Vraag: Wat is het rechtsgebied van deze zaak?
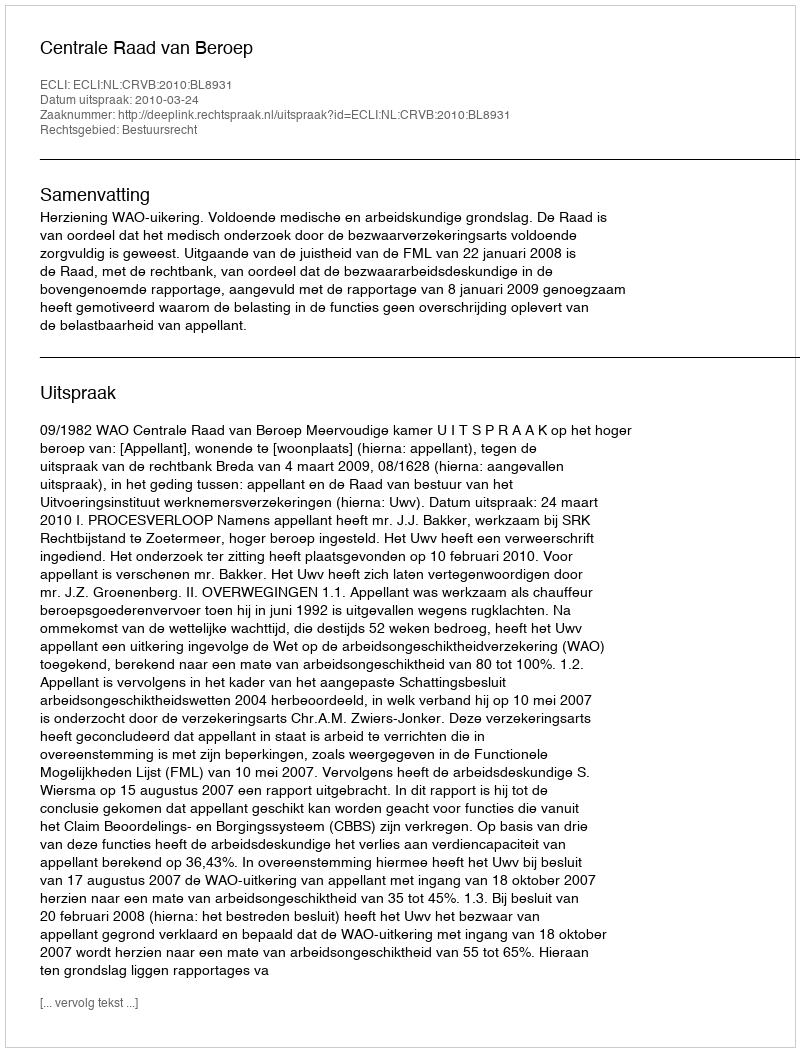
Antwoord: Bestuursrecht